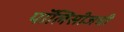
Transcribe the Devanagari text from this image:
पॉलिसीजची